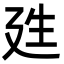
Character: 𭚕